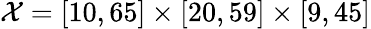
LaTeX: \mathcal{X}=[10,65]\times[20,59]\times[9,45]